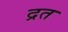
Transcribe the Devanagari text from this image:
द्रत